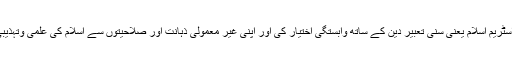
دوسرے عنصر نے مین اسٹریم اسلام یعنی سنی تعبیر دین کے ساتھ وابستگی اختیار کی اور اپنی غیر معمولی ذہانت اور صلاحیتوں سے اسلام کی علمی وتہذیبی ترقی میں کردار ادا کیا۔